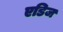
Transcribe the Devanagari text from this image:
एडिज